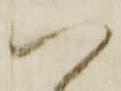
い